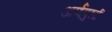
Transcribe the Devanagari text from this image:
अर्णपुर्न्ना